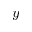
y